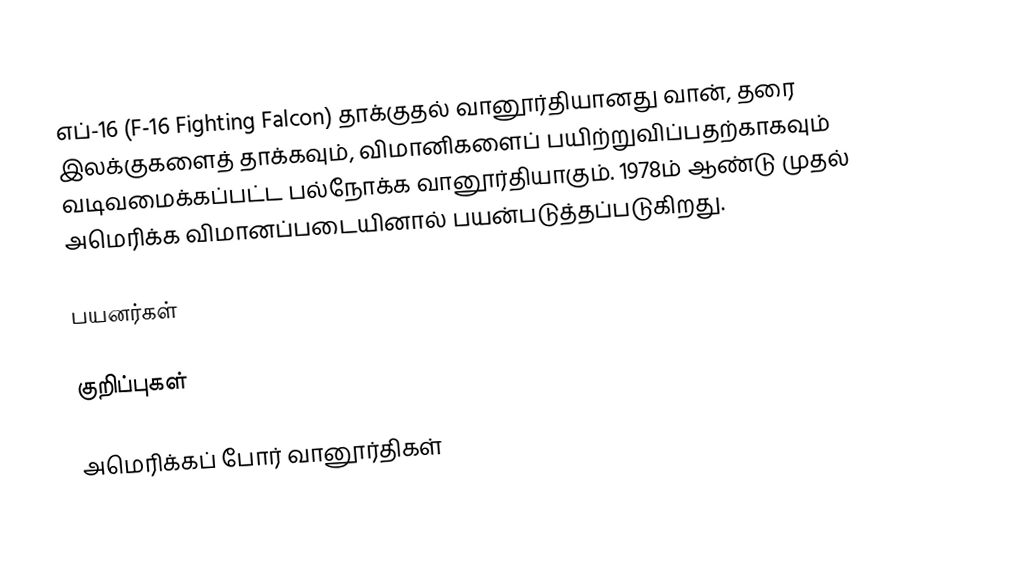
எப்-16 (F-16 Fighting Falcon) தாக்குதல் வானூர்தியானது வான், தரை இலக்குகளைத் தாக்கவும், விமானிகளைப் பயிற்றுவிப்பதற்காகவும் வடிவமைக்கப்பட்ட பல்நோக்க வானூர்தியாகும். 1978ம் ஆண்டு முதல் அமெரிக்க விமானப்படையினால் பயன்படுத்தப்படுகிறது.

பயனர்கள்

குறிப்புகள்

அமெரிக்கப் போர் வானூர்திகள்